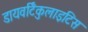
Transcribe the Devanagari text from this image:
डायवर्टिकुलाइटिस